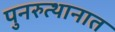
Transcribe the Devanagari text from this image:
पुनरुत्थानात